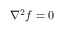
\nabla ^ { 2 } f = 0